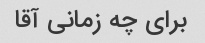
برای چه زمانی آقا